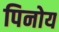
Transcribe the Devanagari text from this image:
पिनोय